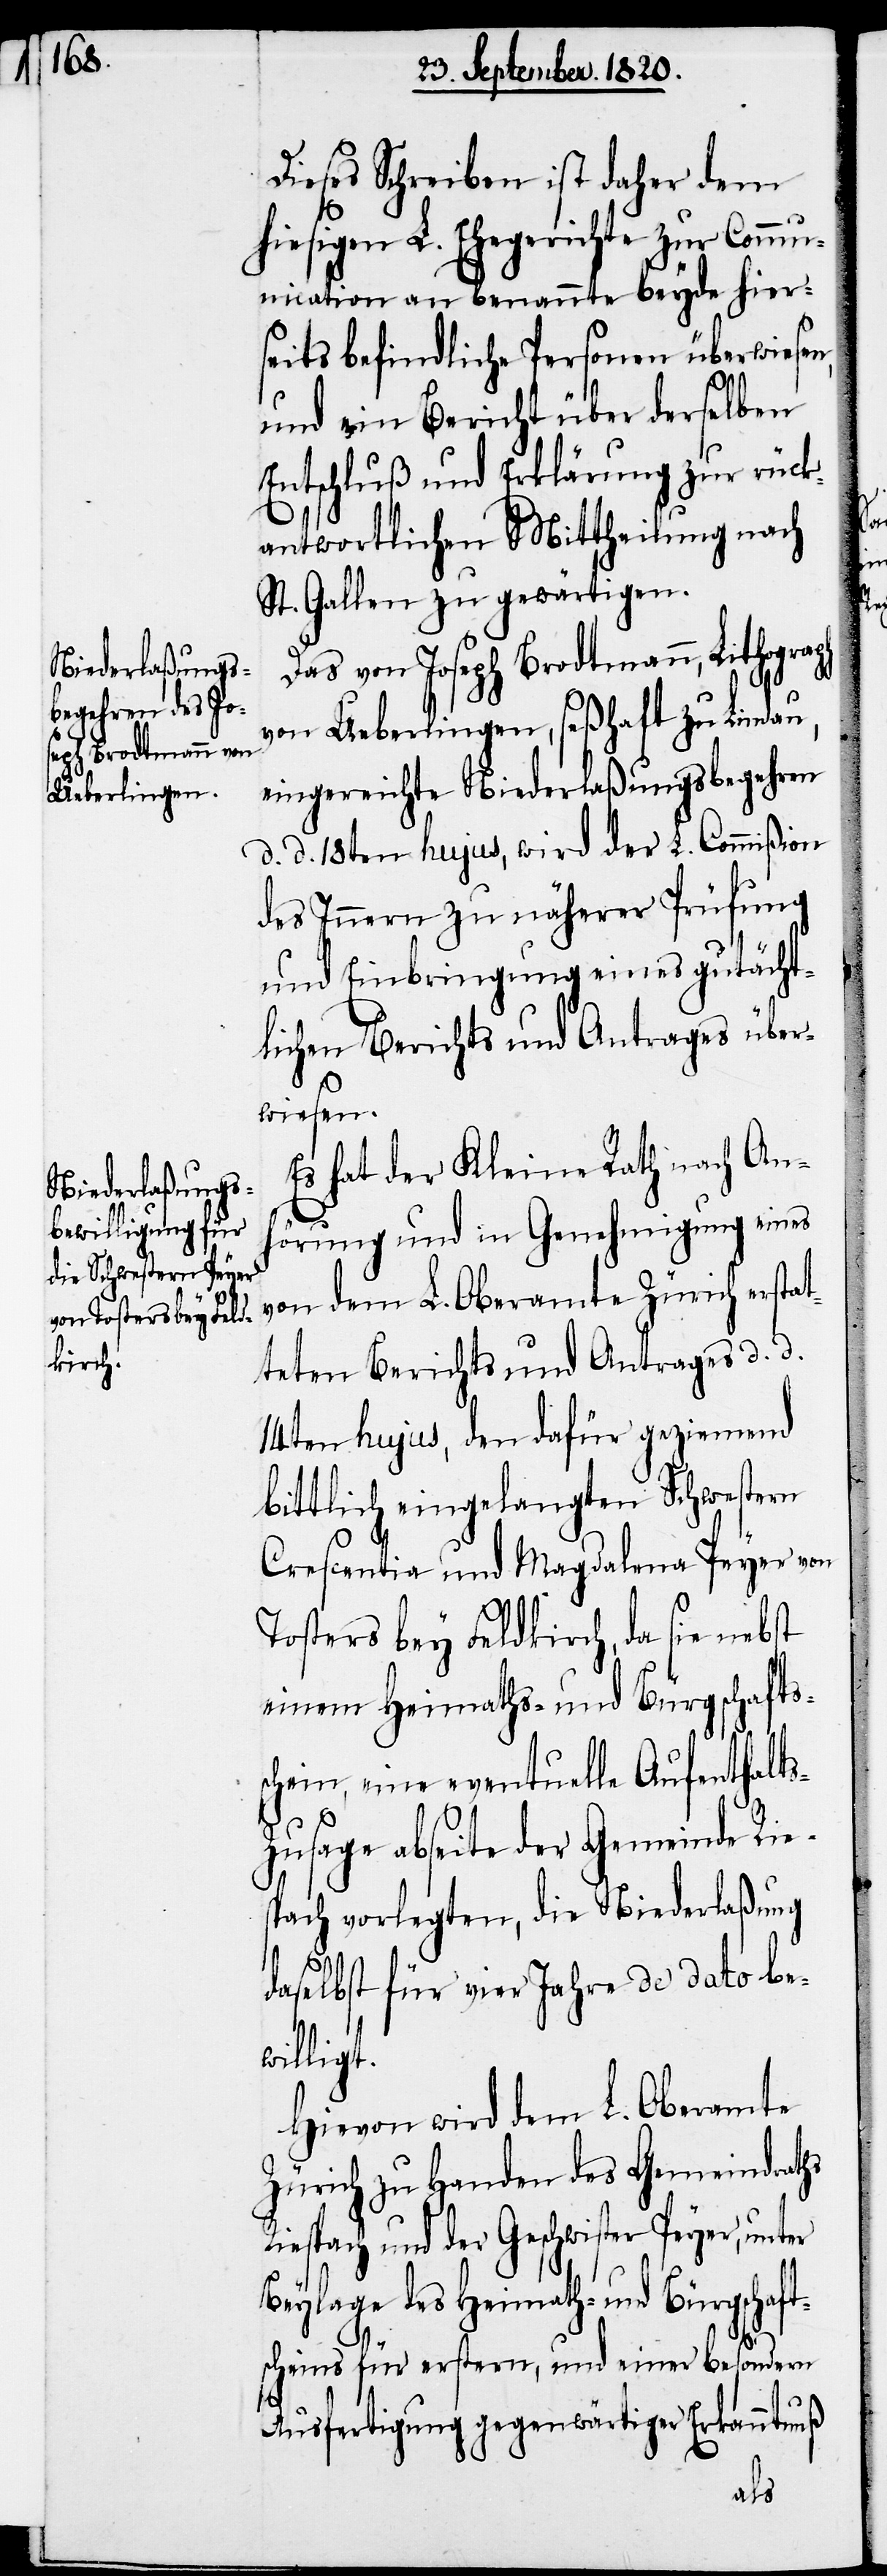
Dieses Schreiben ist daher dem
hiesigen L. Ehegerichte zur Comm¬
unication an benannte beyde hier¬
seits befindliche Personen überwiesen,
und ein Bericht über denselben
Entschluß und Erklärung zur rück¬
antwortlichen Mittheilung nach
St. Gallen zur gewärtigen.
Das vom Joseph Brodtmann, Lithograph
von Ueberlingen, seßhaft zu Lindau,
eingereichte Niederlaßungsbegehren
d. d. 18ten hujus, wird der L. Commißion
des Innern zu näherer Prüfung
und Einbringung eines gutächt¬
lichen Berichts und Antrages über¬
wiesen.
Es hat der Kleine Rath nach An¬
hörung und in Genehmigung eines
vom dem L. Oberamte Zürich erstat¬
teten Berichts und Antrages d. d.
14ten hujus, den dafür geziemend
bittlich eingelangten Schwestern
Crescentia und Magdalena Peyer von
Tosters bey Feldkirch, da sie nebst
einem Heimaths-und Bürgschafts¬
schein, eine eventuelle Aufenthalt¬
s-Zusage abseite der Gemeinde Rie¬
spach vorlegten, die Niederlaßung
daselbst für vier Jahre de dato be¬
willigt.
Hievon wird dem L. Oberamte
Zürich zu Handen des Gemeindraths
Riespach und der Geschwister Peyer, unter
Beylage des Heimath- und Bürgschaft¬
scheins für erstern, und einer besondern
Ausfertigung gegenwärtiger Erkanntnuß
s¬